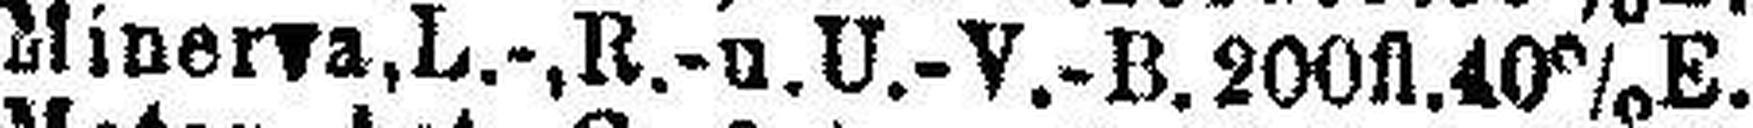
Minerva.L.-,R.-u.U.-V.-B.200fl.40% E.